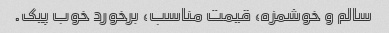
سالم و خوشمزه، قیمت مناسب، برخورد خوب پیک.